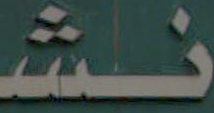
نشـ